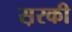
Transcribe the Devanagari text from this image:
स़रकी